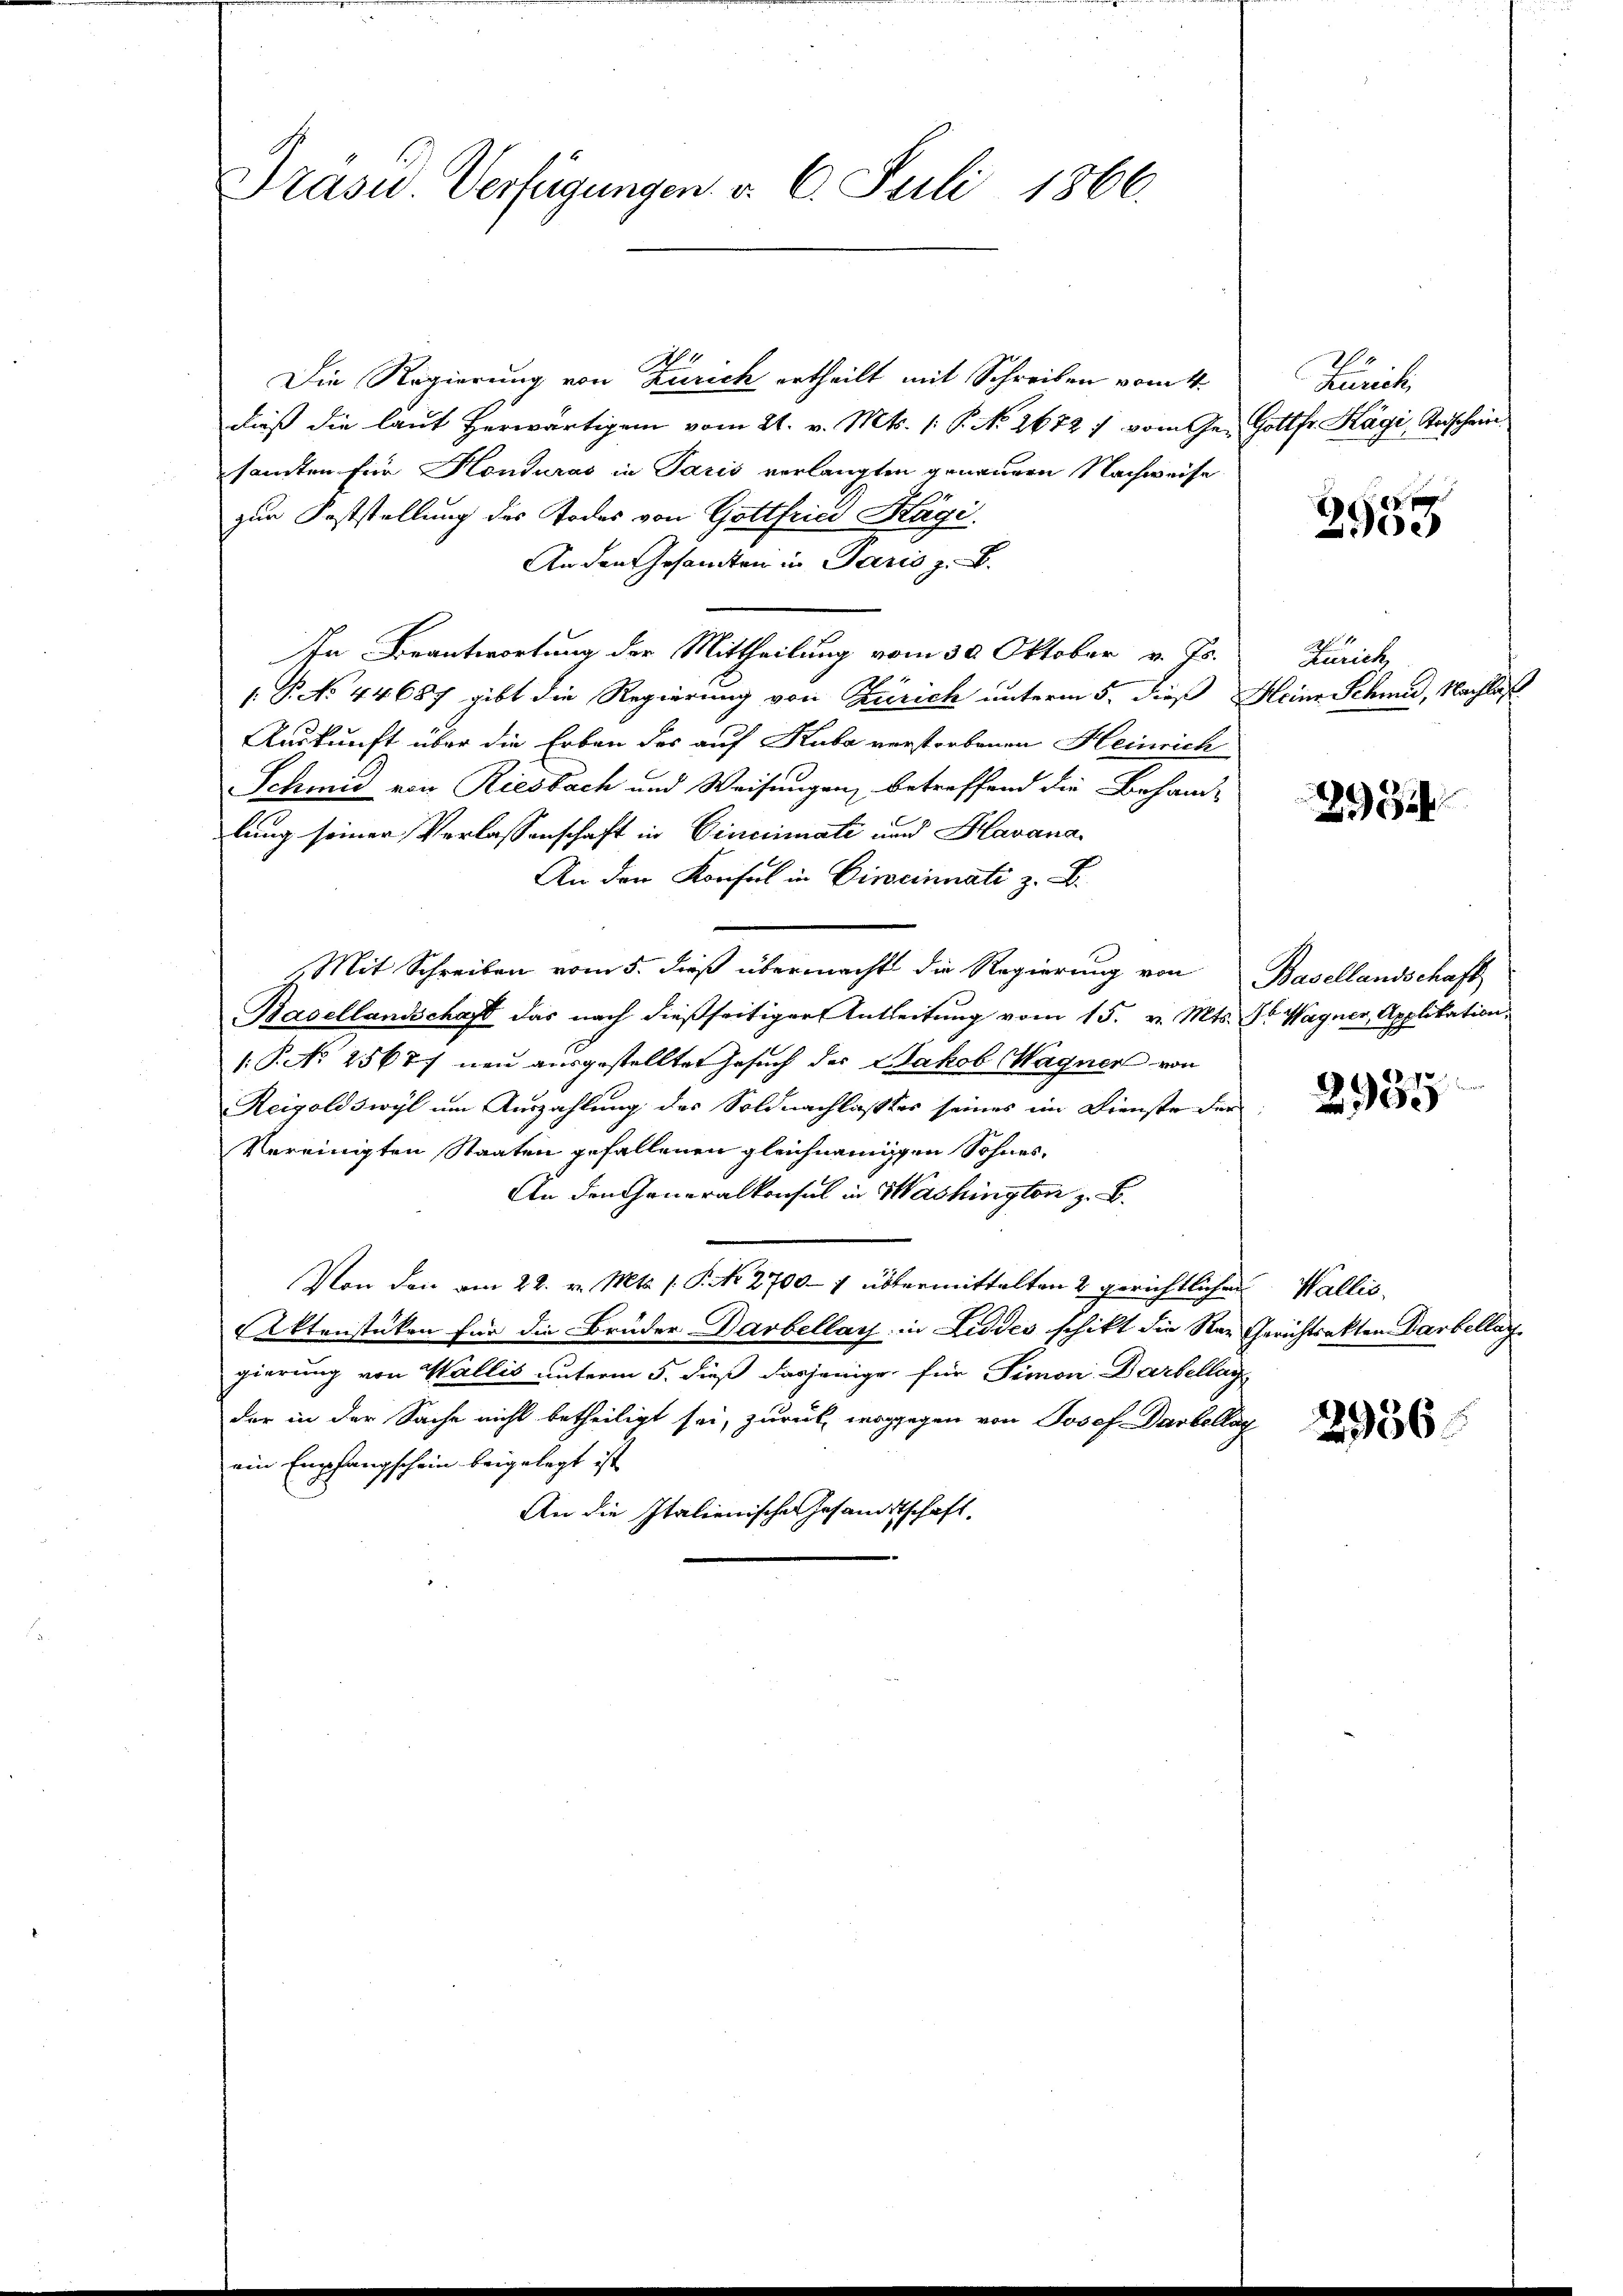
Drasu. Verfügungen d. 6. Juli 1866.

N
Die Regierung von Zürich ertheilt mit Schreiben vom 4.
dieß die laut herwärtigem vom 21. v. Mts. (: P. N. 2672 : vom Ge- Gottfr. Kägi, Terischeinsamten für Honduras in Paris verlangten genauern Nachweise
zur Poststellung des Todes von Gottfried Hägi.
An den Gesamten in Paris z. B.
In Beantwortung der Mittheilung vom 30. Oktober v. Js.
1 P. No 44687 gibt die Regierung von Zürich unterm 5. dieß Meine Schmid, Nachlaß
Auskunft über die Erben des auf Kuba verstrebenen Heinrich
Schmid von Riesbach und Weisungen, betreffend die Behand-
lung seiner Verlassenschaft in Cincinati und Havana¬
An den Konsul in Cincinnati z. B.
Mit Schreiben vom 5. dieß übermacht die Regierung von Basellandschaft
Basellandschaft das nach dießseitiger Antleitung vom 15. v. Mts. Jb. Wagner, Applikation
: P. No 2567 neu ausgestellten Gesuch des Jakob Wagner von
Reigoldswyl um Auszahlung des Soldnachlaßtes seines im Dienste der
Vereinigten Staaten gefallenen gleichnamigen Sohnes¬
An den Generalkonsul in Washington z. B.
Von den am 22. v. Mts. 1. P. Nr. 2700 - 7 übermittelten 2 gerichtlichen
Aktenstücken für die Brüder Darbellars in Liddes schikt die Nar Gerichtsakten Darbellar
gierung von Wallis unterm 5. dieß dasjenige für Simon Bartellag
der in der Sache nicht betheiligt sei, zurück, wogegen von Josef Darbellag
ein Empfangschein beigelegt ist
An die Italienische Gesandtschaft.

Funici

8
2200

Klrich

293

2955

Wallis.

2956